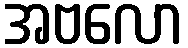
အဗလော